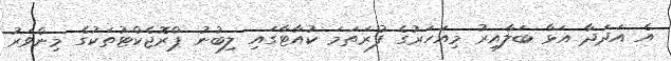
އެ އަދަދާ އަޅާ ބަލާއިރު މިއަހަރުގެ ފުރަތަމަ ކުއާޓާގައި ލިބުނު ޕްރޮޖެކްޓުތަކުގެ މިންވަރު